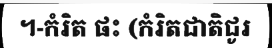
។-កំរិត ផះ (កំរិតជាតិជូរ